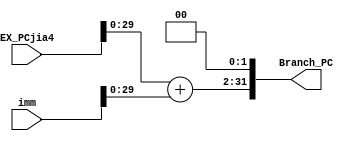
`timescale 1ns / 1ps
//////////////////////////////////////////////////////////////////////////////////
// Company: 
// Engineer: 
// 
// Design Name: 
// Module Name: Branch_PCSrc
// Project Name: 
// Target Devices: 
// Tool Versions: 
// Description: 
// 
// Dependencies: 
// 
// Revision:
// Revision 0.01 - File Created
// Additional Comments:
// 
//////////////////////////////////////////////////////////////////////////////////


module Branch_PCSrc(
input wire [31:0] EX_PCjia4,
input wire [31:0] imm,
output wire [31:0] Branch_PC 
    );
    assign Branch_PC=EX_PCjia4+imm<<2;
endmodule